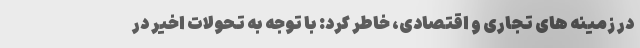
در زمینه های تجاری و اقتصادی، خاطر کرد: با توجه به تحولات اخیر در